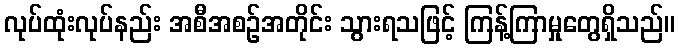
လုပ်ထုံးလုပ်နည်း အစီအစဉ်အတိုင်း သွားရသဖြင့် ကြန့်ကြာမှုတွေရှိသည်။